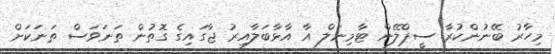
މިހާރު ބޭނުންކުރާ ސީޕްލޭން ޓާމިނަލް އާ އާޅާބަލާއިރު ޖާގައިގެ ގޮތުން ތަނަވަސް ތަނަކަށް